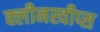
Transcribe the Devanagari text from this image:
क्लीनस्वीप्स